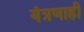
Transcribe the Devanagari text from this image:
यंत्रणाही